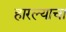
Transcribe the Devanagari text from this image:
हारल्याचा